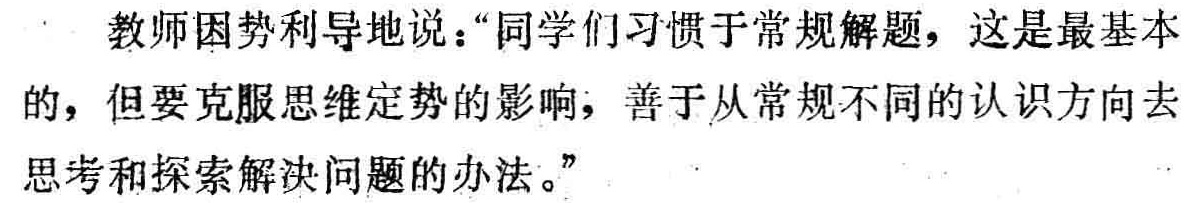
教师因势利导地说：“同学们习惯于常规解题，这是最基本的，但要克服思维定势的影响，善于从常规不同的认识方向去思考和探索解决问题的办法。”